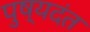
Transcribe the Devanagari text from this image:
पुष्यदंत